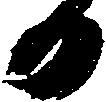
日